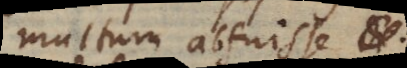
multum abfuisse